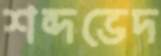
শব্দভেদ